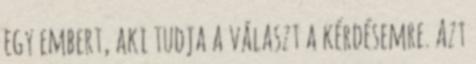
egy embert, aki tudja a választ a kérdésemre. Azt